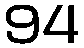
94